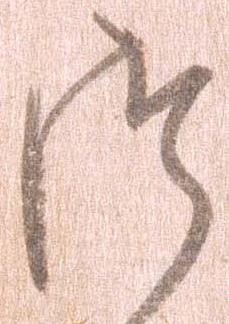
つ